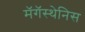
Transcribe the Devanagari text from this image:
मॅगॅस्थेनिस